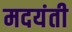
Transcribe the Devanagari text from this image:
मदयंती